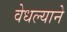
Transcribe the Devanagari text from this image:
वेधल्याने